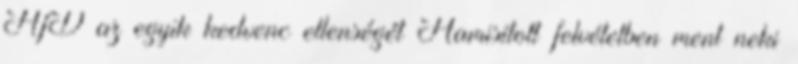
AfD az egyik kedvenc ellenségét Hamisított felvételben ment neki